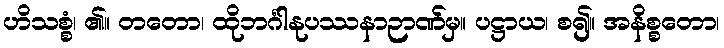
ဟိသစ္စံ၊ ၏။ တတော၊ ထိုဘင်္ဂါနုပဿနာဉာဏ်မှ။ ပဋ္ဌာယ၊ စ၍။ အနိစ္စတော၊